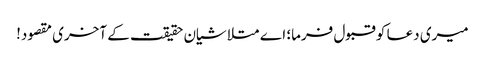
میری دعا کو قبول فرما؛ اے متلاشیان حقیقت کے آخری مقصود!